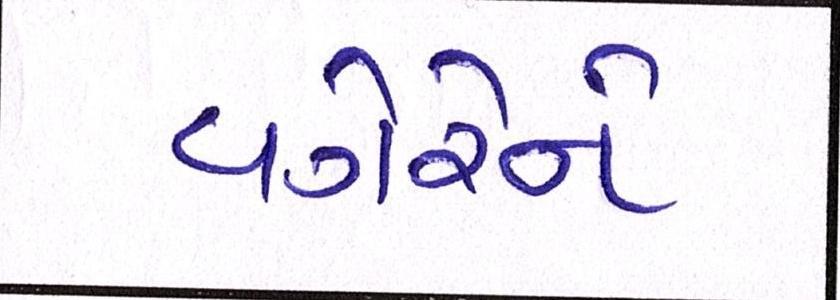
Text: વગેરેને